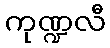
ကုဏ္ဍလီ